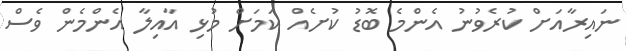
ނައިރާއަށް ކުރެވުނު އެންމެ ބޮޑު ކުށެއް ކަމަށް މުޅި އާއިލާ އެންމެން ވެސް